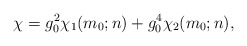
\begin{align*}\chi=g_{0}^{2}\chi_{1}(m_{0};n)+g_{0}^{4}\chi_{2}(m_{0};n),\end{align*}